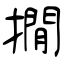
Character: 撊